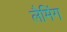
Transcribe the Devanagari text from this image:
लैमिंग